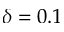
\delta = 0 . 1